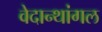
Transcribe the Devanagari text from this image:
वेदान्थांगल